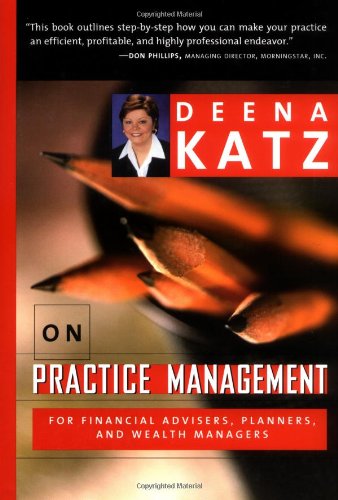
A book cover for Deena Katz on Practice Management: For Financial Advisers, Planners, and Wealth Managers; Deena B. Katz; Business & Money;